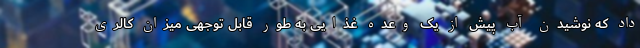
داد که نوشیدن آب پیش از یک وعده غذایی به طور قابل توجهی میزان کالری